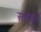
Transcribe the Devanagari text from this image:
सत्तेपुढे